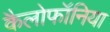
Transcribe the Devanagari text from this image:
कैलोफॉनिया